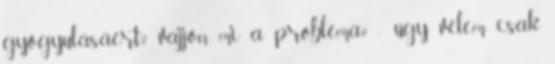
gyógyulásáért? vajjon mi a probléma? - úgy vélem csak